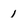
Character: 1